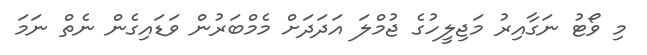
މި ވޯޓު ނަގާއިރު މަޖިލީހުގެ ޖުމްލަ އަދަދަށް މެމްބަރުން ވަޑައިގެން ނެތް ނަމަ